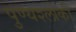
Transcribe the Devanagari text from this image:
पुण्‍यश्‍लोकी